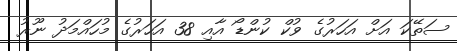
ސަތޭކަ އަށް އަހަރުގެ ވުކް ކުންޑޯ އާއި 38 އަހަރުގެ މުހައްމަދު ނޫރު